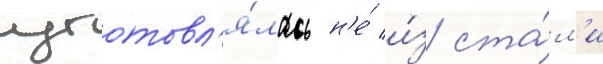
изготовл'я́лась н'е́ и́з ста́л'и